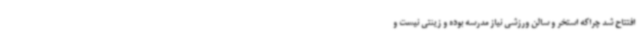
افتتاح شد چراکه استخر و سالن ورزشی نیاز مدرسه بوده و زینتی نیست و